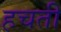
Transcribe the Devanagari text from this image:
हचती